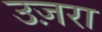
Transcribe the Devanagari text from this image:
उज़रा